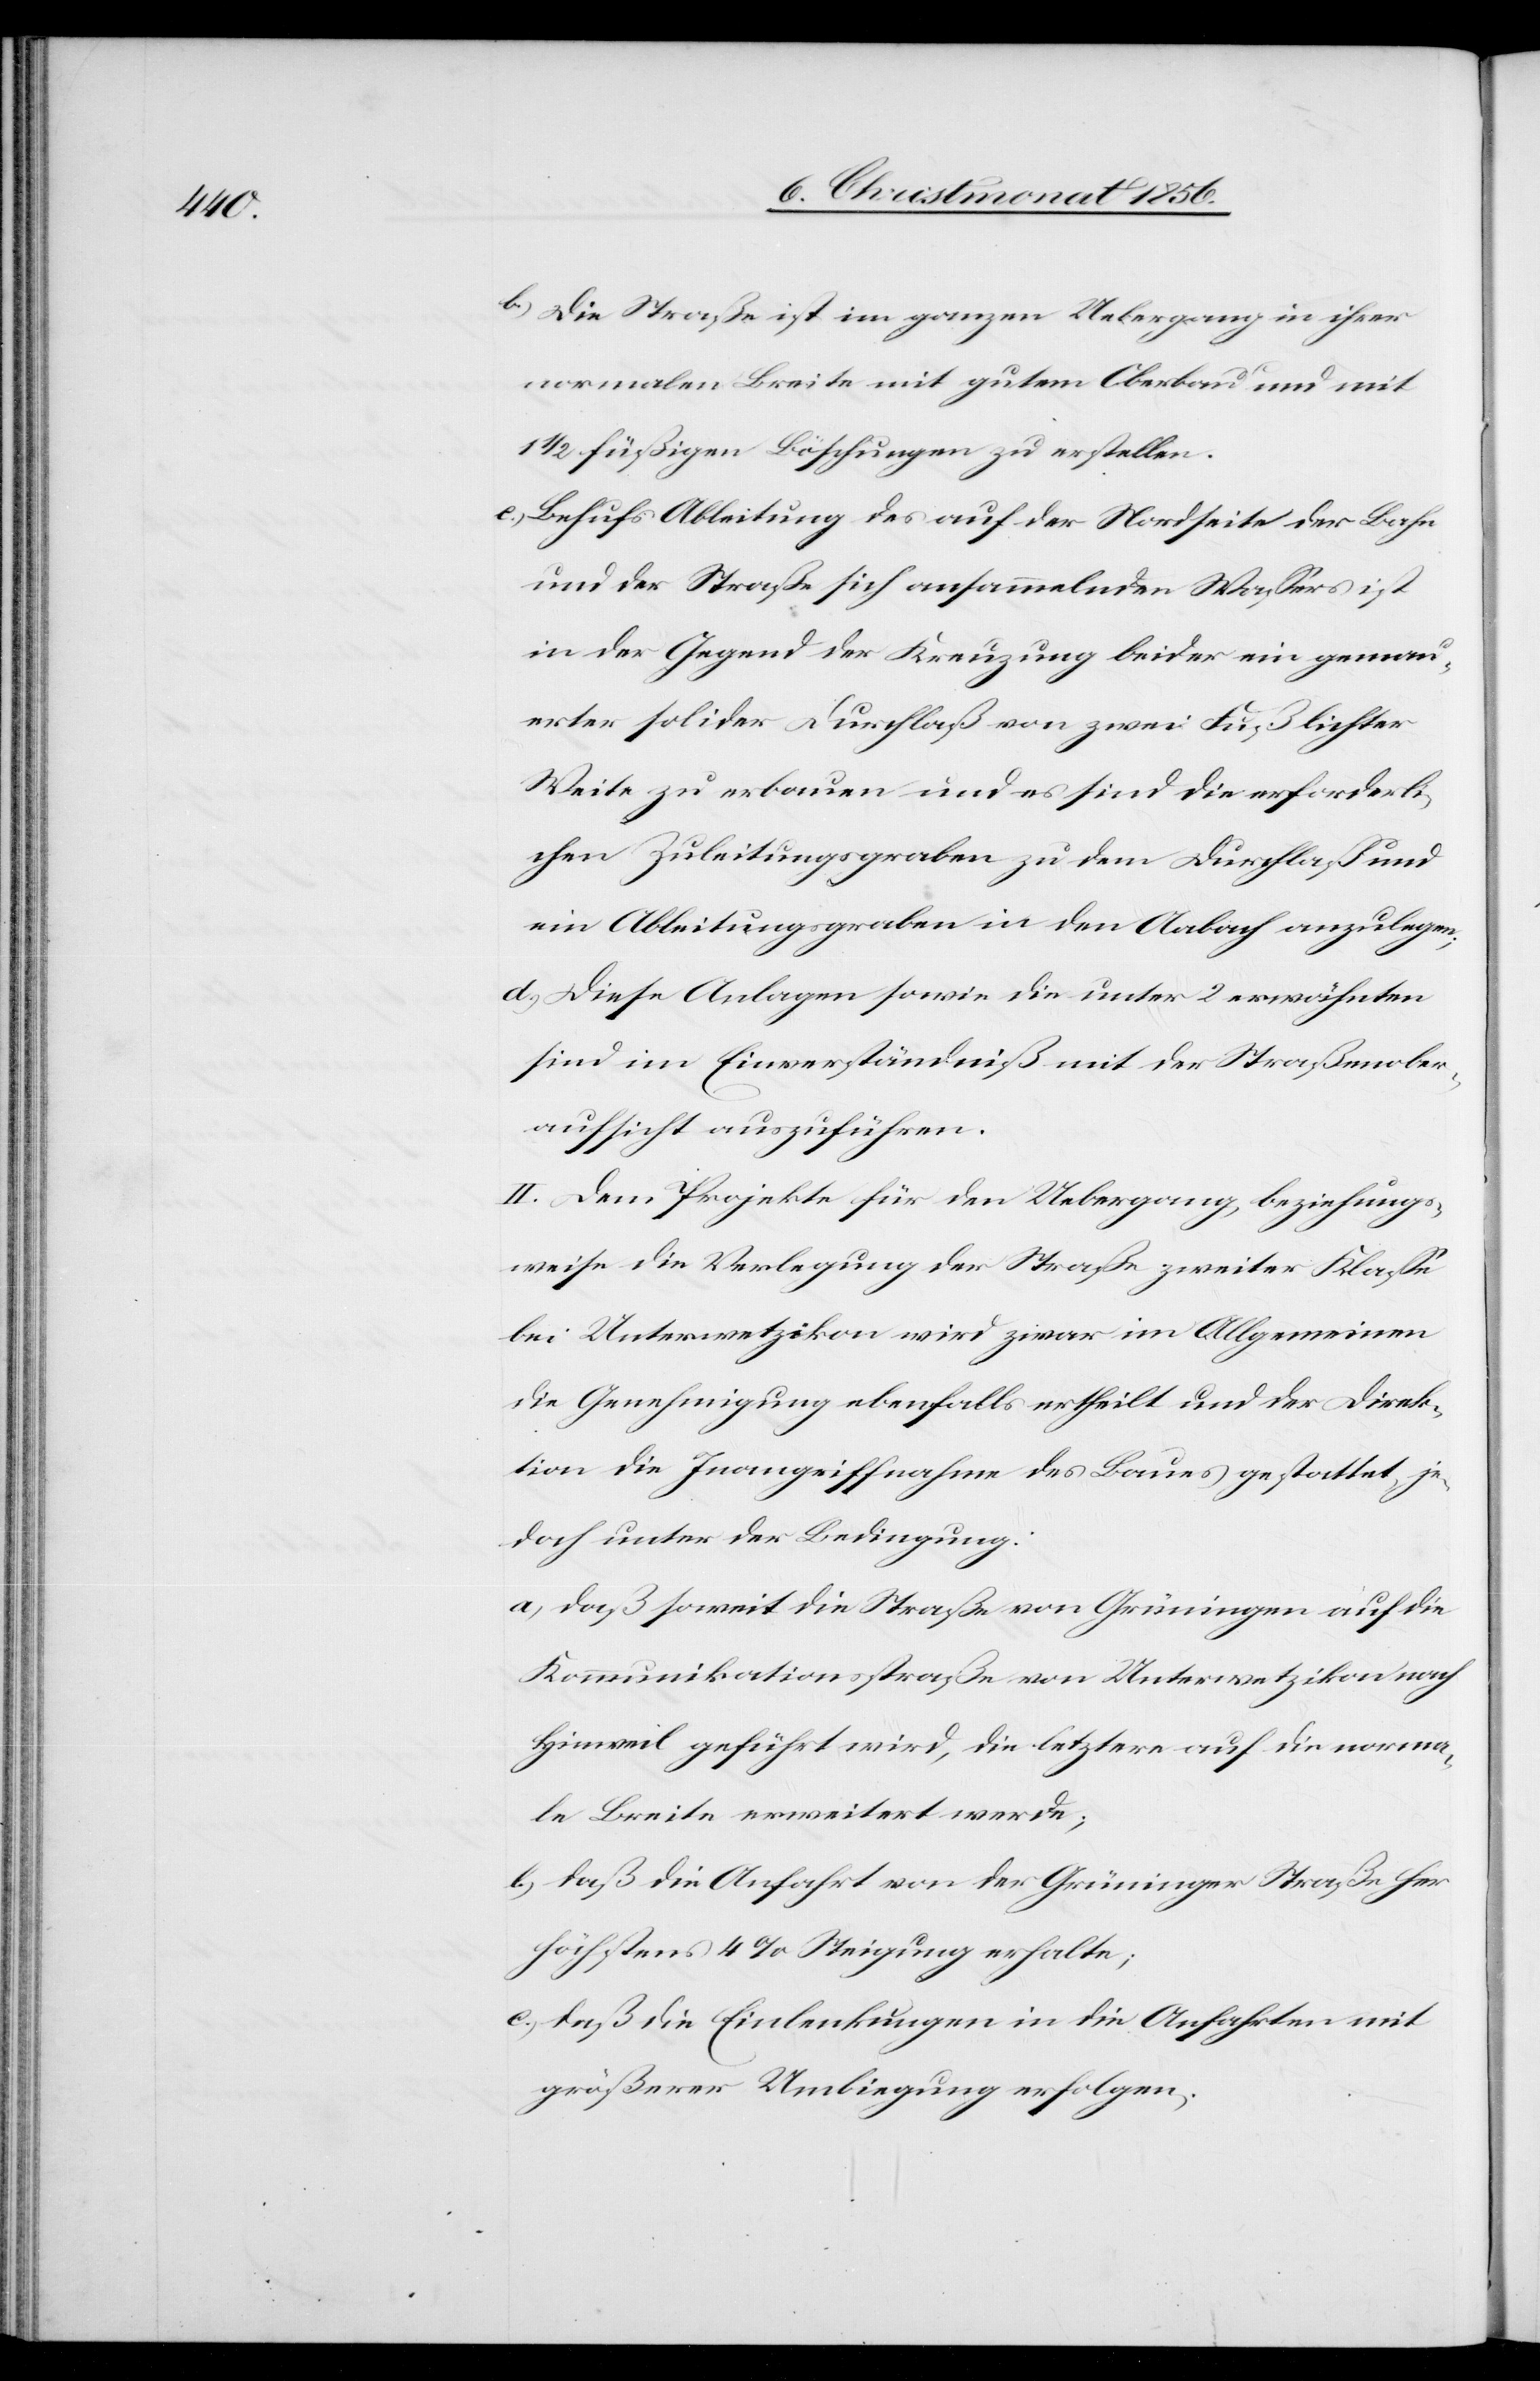
b.) Die Straße ist im ganzen Uebergang in ihrer
normalen Breite mit gutem Oberbau und mit
1 ½ füßigen Böschungen zu erstellen.
c.) Behufs Ableitung des auf der Nordseite der Bahn
und der Straße sich ansammelnden Wassers ist
in der Gegend der Kreuzung beider ein gemau¬
erter solider Durchlaß von zwei Fuß lichter
Weite zu erbauen und es sind die erforderli¬
chen Zuleitungsgraben zu dem Durchlaß und
ein Ableitungsgraben in den Aabach anzulegen;
d.) Diese Anlagen sowie die unter 2 erwähnten
sind im Einverständniß mit der Straßenober¬
aufsicht auszuführen.
II. Dem Projekte für den Uebergang, beziehungs¬
weise die Verlegung der Straße zweiter Klasse
bei Unterwetzikon wird zwar im Allgemeinen
die Genehmigung ebenfalls ertheilt und der Direk¬
tion die Inangriffnahme des Baues gestattet, je¬
doch unter der Bedingung:
a) daß soweit die Straße von Grüningen auf die
Kommunikationsstraße von Unterwetzikon nach
Hinweil geführt wird, die letztere auf die norma¬
le Breite erweitert werde;
b) daß die Anfahrt von der Grüninger Straße her
höchstens 4% Steigung erhalte;
c) daß die Einlenkungen in die Anfahrten mit
größerer Umbiegung erfolgen;